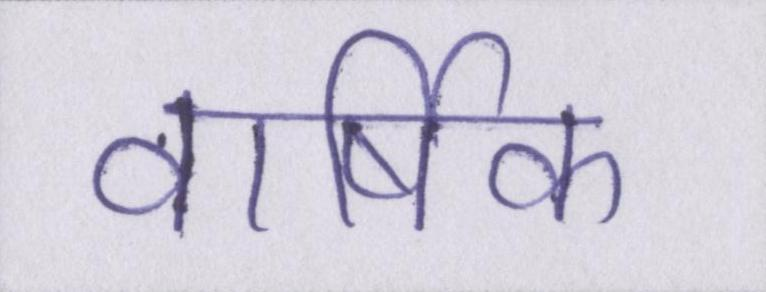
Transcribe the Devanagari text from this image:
वार्षिक